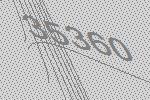
35360